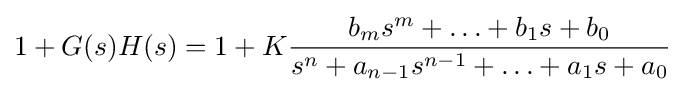
1+G(s)H(s)=1+K{\frac {b_{m}s^{m}+\ldots +b_{1}s+b_{0}}{s^{n}+a_{n-1}s^{n-1}+\ldots +a_{1}s+a_{0}}}